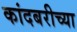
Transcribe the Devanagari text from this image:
कांदबरीच्या